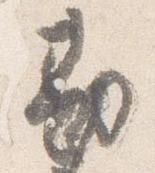
勘